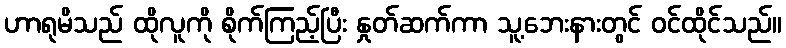
ဟာရုမိသည် ထိုလူကို စိုက်ကြည့်ပြီး နှုတ်ဆက်ကာ သူ့ဘေးနားတွင် ဝင်ထိုင်သည်။